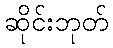
ဆိုင်းဘုတ်